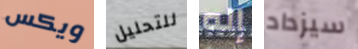
ويكس للتحليل إله سيزداد